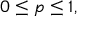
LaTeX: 0 \leq p \leq 1 ,